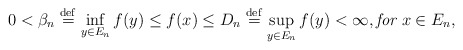
\begin{align*}0<\beta _{n}\stackrel{\rm def}{=}\inf_{y\in E_{n}}f(y)\leq f(x)\leq D_{n}\stackrel{\rm def}{=}\sup_{y\in E_{n}}f(y)<\infty ,\mbox{{\it for} }x\in E_{n}, \end{align*}